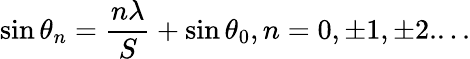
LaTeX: \sin\theta_{n}={\frac{n\lambda}{S}}+\sin\theta_{0},n=0,\pm 1,\pm 2....